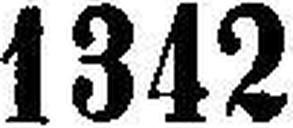
1342